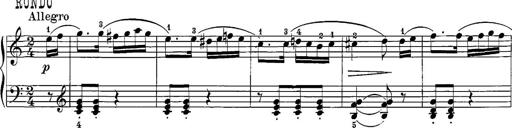
Title: 12 Sonatine per Pianoforte
Composer: Friedrich Kuhlau